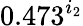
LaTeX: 0.473^{i_{2}}